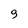
Character: 9